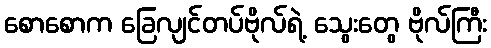
စောစောက ခြေလျင်တပ်ဗိုလ်ရဲ့ သွေးတွေ ဗိုလ်ကြီး